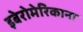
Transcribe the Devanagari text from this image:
इबेरोमेरिकाना